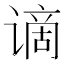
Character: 谪